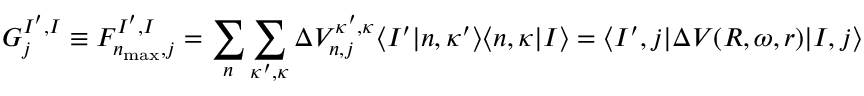
G _ { j } ^ { I ^ { \prime } , I } \equiv F _ { n _ { \mathrm { m a x } } , j } ^ { I ^ { \prime } , I } = \sum _ { n } \sum _ { \kappa ^ { \prime } , \kappa } \Delta V _ { n , j } ^ { \kappa ^ { \prime } , \kappa } \langle I ^ { \prime } | n , \kappa ^ { \prime } \rangle \langle n , \kappa | I \rangle = \langle I ^ { \prime } , j | \Delta V ( R , \omega , r ) | I , j \rangle